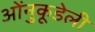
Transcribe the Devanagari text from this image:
ओंनुकूडेली